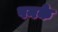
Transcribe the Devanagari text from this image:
पनके